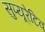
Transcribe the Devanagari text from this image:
सुप्यूरेटिव